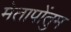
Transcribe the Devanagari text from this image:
मेतापोंतुम